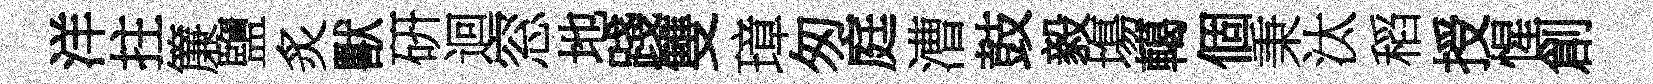
洋拄簾鹽炙獸硏迴窓地踐雙璋匆庭漕鼓毅塲轕個秉汰稻授惺創